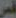
فس